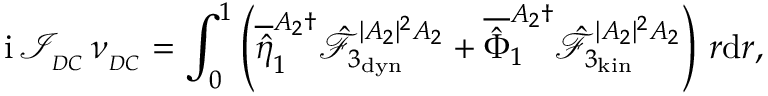
\mathrm { i } \, \mathcal { I } _ { _ { D C } } \, \nu _ { _ { D C } } = \int _ { 0 } ^ { 1 } \left( \overline { { \hat { \eta } } } _ { 1 } ^ { A _ { 2 } \dagger } \hat { \mathcal { F } } _ { 3 _ { \mathrm { d y n } } } ^ { | A _ { 2 } | ^ { 2 } A _ { 2 } } + \overline { { \hat { \Phi } } } _ { 1 } ^ { A _ { 2 } \dagger } \hat { \mathcal { F } } _ { 3 _ { \mathrm { k i n } } } ^ { | A _ { 2 } | ^ { 2 } A _ { 2 } } \right) \, r \mathrm { d } r ,